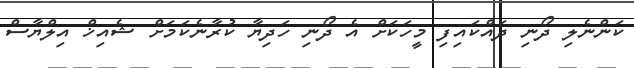
ކަންނެލި ދޯނި ދައްކައިފި މީހަކަށް އެ ދޯނި ހަދިޔާ ކުރާނެކަމަށް ޝެއިޚް އިލްޔާސް